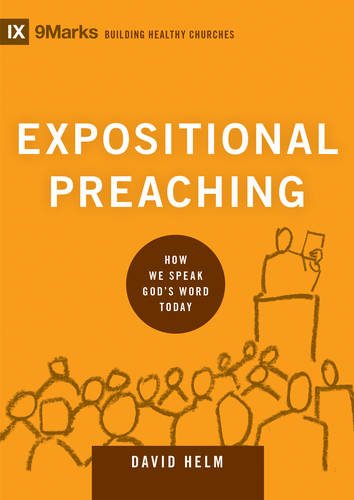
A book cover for Expositional Preaching: How We Speak God's Word Today (9Marks: Building Healthy Churches); David R. Helm; Christian Books & Bibles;